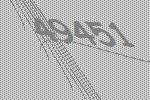
49451